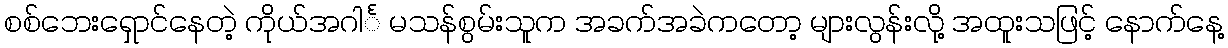
စစ်ဘေးရှောင်နေတဲ့ ကိုယ်အဂါင်္ မသန်စွမ်းသူက အခက်အခဲကတော့ များလွန်းလို့ အထူးသဖြင့် နောက်နေ့